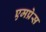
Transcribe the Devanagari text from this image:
एमप्रेस